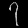
Digit: ၇